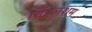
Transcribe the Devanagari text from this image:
सिडलशम